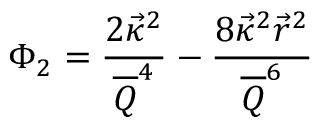
\Phi _ { 2 } = { \frac { 2 \vec { \kappa } ^ { 2 } } { \overline { { Q } } ^ { 4 } } } - { \frac { 8 \vec { \kappa } ^ { 2 } \vec { r } ^ { 2 } } { \overline { { Q } } ^ { 6 } } }